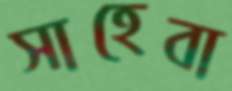
সাহেবা